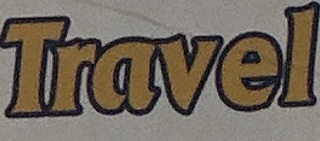
Travel